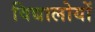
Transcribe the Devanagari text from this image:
विद्यालोयों